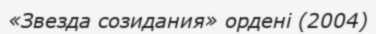
«Звезда созидания» ордені (2004)